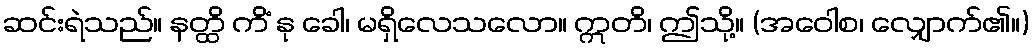
ဆင်းရဲသည်။ နတ္ထိ ကိံ နု ခေါ၊ မရှိလေသလော။ ဣတိ၊ ဤသို့။ (အဝေါစ၊ လျှောက်၏။)